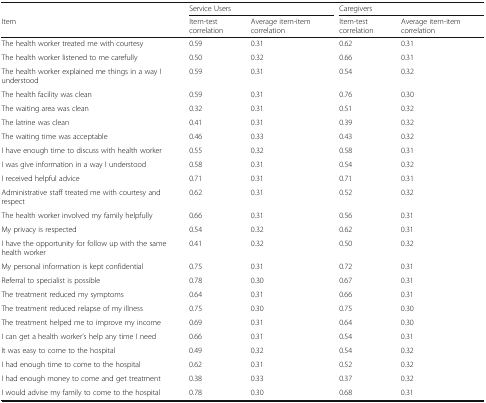
|  | <COLSPAN=2> Service Users | <COLSPAN=2> Caregivers |
 | Item | Item-test correlation | Average item-item correlation | Item-test correlation | Average item-item correlation |
 | --- | --- | --- | --- | --- |
 | The health worker treated me with courtesy | 0.59 | 0.31 | 0.62 | 0.31 |
 | The health worker listened to me carefully | 0.50 | 0.32 | 0.66 | 0.31 |
 | The health worker explained me things in a way I understood | 0.59 | 0.31 | 0.54 | 0.32 |
 | The health facility was clean | 0.59 | 0.31 | 0.76 | 0.30 |
 | The waiting area was clean | 0.32 | 0.31 | 0.51 | 0.32 |
 | The latrine was clean | 0.41 | 0.31 | 0.39 | 0.32 |
 | The waiting time was acceptable | 0.46 | 0.33 | 0.43 | 0.32 |
 | I have enough time to discuss with health worker | 0.55 | 0.32 | 0.58 | 0.31 |
 | I was give information in a way I understood | 0.58 | 0.31 | 0.54 | 0.32 |
 | I received helpful advice | 0.71 | 0.31 | 0.71 | 0.31 |
 | Administrative staff treated me with courtesy and respect | 0.62 | 0.31 | 0.52 | 0.32 |
 | The health worker involved my family helpfully | 0.66 | 0.31 | 0.56 | 0.31 |
 | My privacy is respected | 0.54 | 0.32 | 0.62 | 0.31 |
 | I have the opportunity for follow up with the same health worker | 0.41 | 0.32 | 0.50 | 0.32 |
 | My personal information is kept confidential | 0.75 | 0.31 | 0.72 | 0.31 |
 | Referral to specialist is possible | 0.78 | 0.30 | 0.67 | 0.31 |
 | The treatment reduced my symptoms | 0.64 | 0.31 | 0.66 | 0.31 |
 | The treatment reduced relapse of my illness | 0.75 | 0.30 | 0.75 | 0.30 |
 | The treatment helped me to improve my income | 0.69 | 0.31 | 0.64 | 0.30 |
 | I can get a health worker’s help any time I need | 0.66 | 0.31 | 0.54 | 0.31 |
 | It was easy to come to the hospital | 0.49 | 0.32 | 0.54 | 0.32 |
 | I had enough time to come to the hospital | 0.62 | 0.31 | 0.52 | 0.32 |
 | I had enough money to come and get treatment | 0.38 | 0.33 | 0.37 | 0.32 |
 | I would advise my family to come to the hospital | 0.78 | 0.30 | 0.68 | 0.31 |